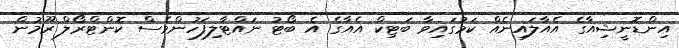
އިންޑޮނީޝިއާގެ އެއާލައިނެއް ކަމުގައިވާ ބަޓިކް އެއާގެ އެ ބޯޓު ނައްޓާލިފަހުންވެސް ކޮންޓްރޯލް ރޫމުން